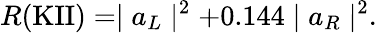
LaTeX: R(\mathrm{KII})=\mid a_{L}\mid^{2}+0.144\mid a_{R}\mid^{2}.